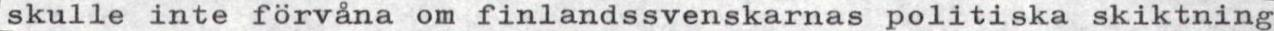
skulle inte förvåna om finlandssvenskarnas politiska skiktning